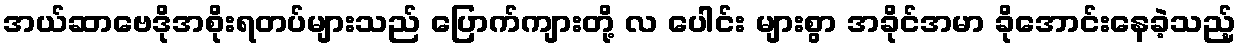
အယ်ဆာဗေဒိုအစိုးရတပ်များသည် ပြောက်ကျားတို့ လ ပေါင်း များစွာ အခိုင်အမာ ခိုအောင်းနေခဲ့သည့်